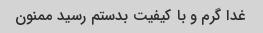
غدا گرم و با کیفیت بدستم رسید ممنون